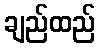
ချည်ထည်